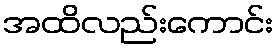
အထိလည်းကောင်း